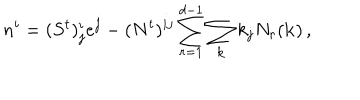
n ^ { i } = ( S ^ { t } ) _ { j } ^ { i } e ^ { j } - ( N ^ { t } ) ^ { i j } \sum _ { r = 1 } ^ { d - 1 } \sum _ { \bf k } k _ { j } N _ { r } ( { \bf k } ) \, ,